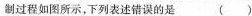
制过程如图所示，下列表述错误的是()